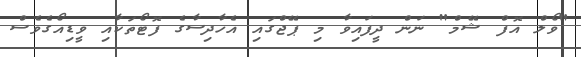
"ވޯލް އޮފް ޝޭމް" ނަން ދީފައިވާ މި ޕޭޖްގައި އެހާދިސާގެ ފޮޓޯތަކާއި ވީޑިއޯގެވެސް